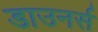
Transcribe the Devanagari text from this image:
डाउनर्स